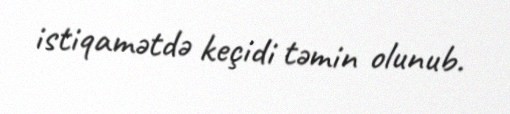
istiqamətdə keçidi təmin olunub.